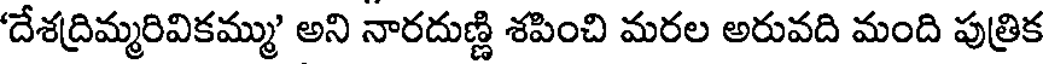
'దేశద్రిమ్మరివికమ్ము' అని నారదుణ్ణి శపించి మరల అరువది మంది పుత్రిక